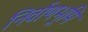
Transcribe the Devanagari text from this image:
निर्वाणभूमि